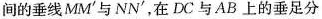
间的垂线MM^{\prime}与NN^{\prime}，在DC与AB上的垂足分